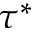
\tau ^ { * }